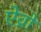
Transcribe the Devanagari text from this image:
ऐव्रो